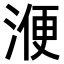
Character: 𣸇